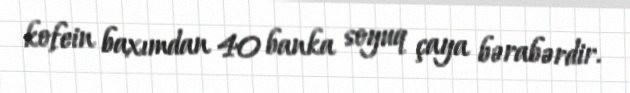
kofein baxımdan 40 banka soyuq çaya bərabərdir.